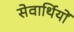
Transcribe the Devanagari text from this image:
सेवार्थियों